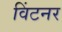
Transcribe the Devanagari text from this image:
विंटनर